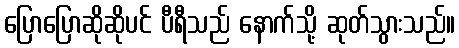
ပြောပြောဆိုဆိုပင် ပီရီသည် နောက်သို့ ဆုတ်သွားသည်။